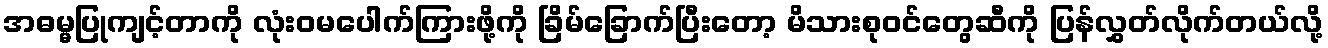
အဓမ္မပြုကျင့်တာကို လုံးဝမပေါက်ကြားဖို့ကို ခြိမ်ခြောက်ပြီးတော့ မိသားစုဝင်တွေဆီကို ပြန်လွှတ်လိုက်တယ်လို့